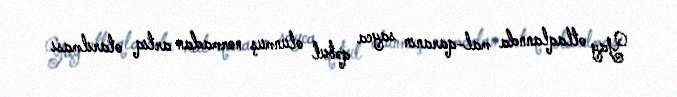
Yay otlaqlannda mal-qaranın sayca qəbul olunmuş normadan artıq otarılması